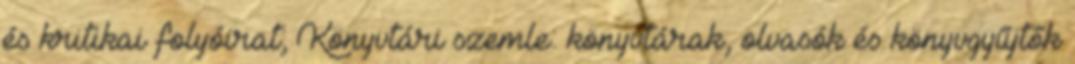
és kritikai folyóirat; Könyvtári szemle: könyvtárak, olvasók és könyvgyűjtők